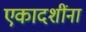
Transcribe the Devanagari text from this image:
एकादशींना